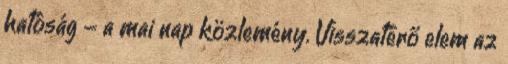
hatóság - a mai nap közlemény. Visszatérő elem az